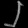
Digit: ၂